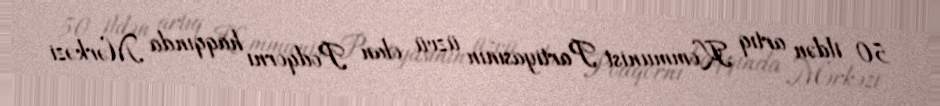
50 ildən artıq Kommunist Partiyasının üzvü olan Podqornı haqqında Mərkəzi